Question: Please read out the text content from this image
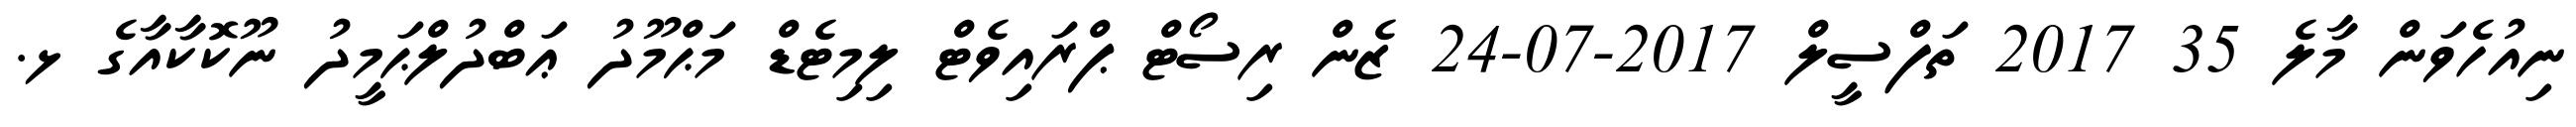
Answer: ނިއުހެވަން މާލެ 35 2017 ތަފްސީލް 2017-07-24 ޒެން ރިސޯޓް ޕްރައިވެޓް ލިމިޓެޑް މަޙްމޫދު ޢަބްދުލްޙަމީދު ނޫކޮކާއާގެ ޅ.